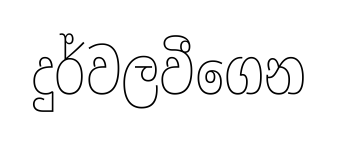
දුර්වලවීගෙන